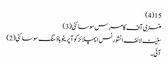
15(4)
منسٹری آف کامرس سوسائٹی(3)
سٹیٹ لائف انشورنس ایمپلائز کوآپریٹو ہاؤسنگ سوسائٹی(2)
آئی ۔